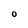
Character: O